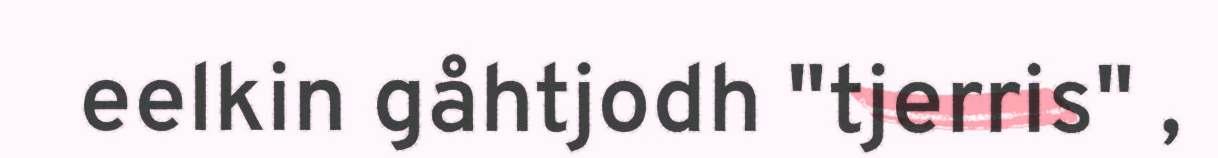
eelkin gåhtjodh "tjerris" ,